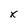
Character: x